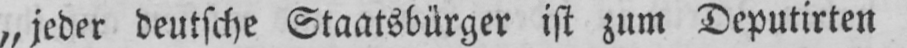
„jeder deutsche Staatsbürger ist zum Deputirten